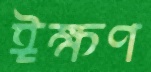
ঈক্ষণ